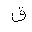
Letter: _qaf